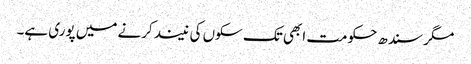
مگر سندھ حکومت ابھی تک سکوں کی نیند کرنے میں پوری ہے۔